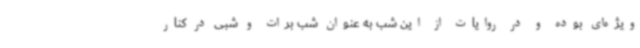
ویژه‌ای بوده و در روایات از این شب به عنوان شب برات و شبی در کنار